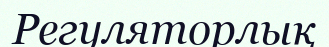
Регуляторлық